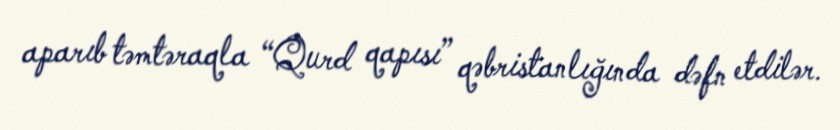
aparıb təmtəraqla “Qurd qapısı” qəbristanlığında dəfn etdilər.